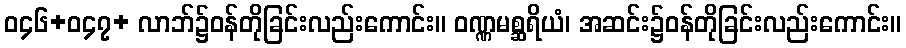
ဝ၄၆+ဝ၄၇+ လာဘ်၌ဝန်တိုခြင်းလည်းကောင်း။ ဝဏ္ဏမစ္ဆရိယံ၊ အဆင်း၌ဝန်တိုခြင်းလည်းကောင်း။